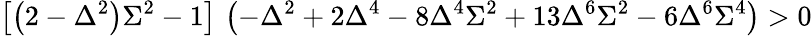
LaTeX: \left[\left(2-\Delta^{2}\right)\Sigma^{2}-1\right]\, \left(-\Delta^{2}+2\Delta^{4}-8\Delta^{4}\Sigma^{2}+13\Delta^{6}\Sigma^{2}-6\Delta^{6}\Sigma^{4}\right)>0